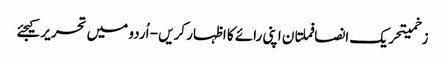
زخمیتحریک انصافملتان اپنی رائے کا اظہار کریں - اُردو میں تحریر کیجئے